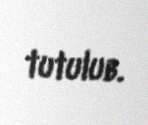
tutulub.